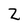
Character: Z